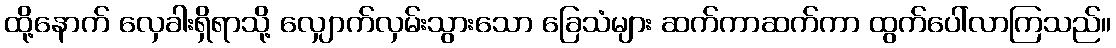
ထို့နောက် လှေခါးရှိရာသို့ လျှောက်လှမ်းသွားသော ခြေသံများ ဆက်ကာဆက်ကာ ထွက်ပေါ်လာကြသည်။